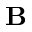
\mathbf { B }